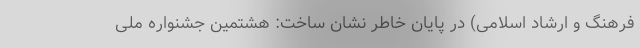
فرهنگ و ارشاد اسلامی) در پایان خاطر نشان ساخت: هشتمین جشنواره ملی